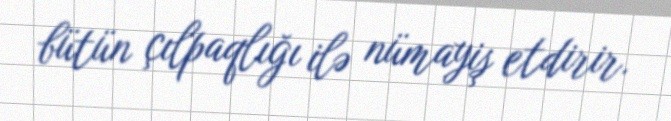
bütün çılpaqlığı ilə nümayiş etdirir.